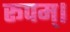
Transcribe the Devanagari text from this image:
रूपम्।